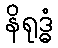
နိရုဒ္ဓံ